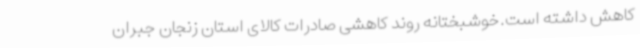
کاهش داشته است.خوشبختانه روند کاهشی صادرات کالای استان زنجان جبران